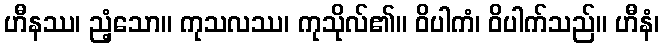
ဟီနဿ၊ ညံ့သော။ ကုသလဿ၊ ကုသိုလ်၏။ ဝိပါကံ၊ ဝိပါက်သည်။ ဟီနံ၊